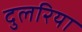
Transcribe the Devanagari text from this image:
दुलरिया